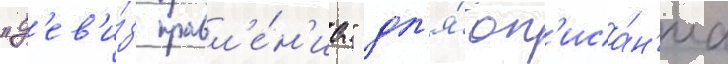
"д'ев'и́з правл'е́н'иа" дл'я́ оп'иса́н'иа